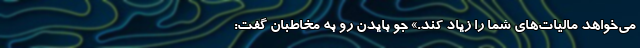
می‌خواهد مالیات‌های شما را زیاد کند.» جو بایدن رو به مخاطبان گفت: